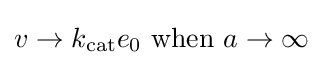
v\rightarrow k_{\mathrm {cat} }e_{0}{\text{ when }}a\rightarrow \infty